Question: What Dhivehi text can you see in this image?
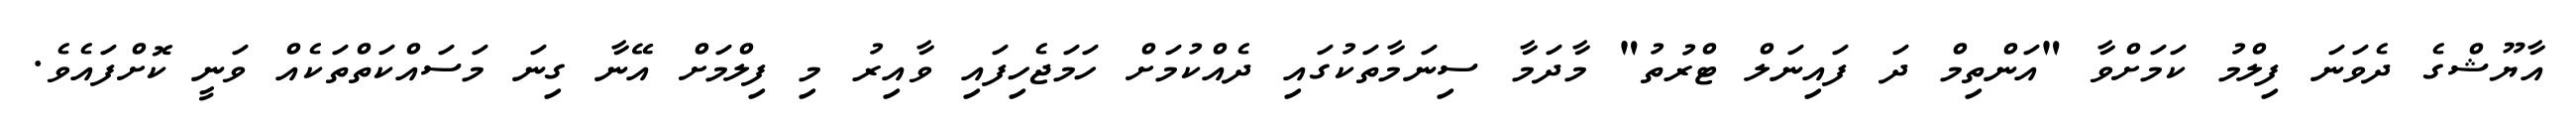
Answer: އާޔޫޝްގެ ދެވަނަ ފިލްމު ކަމަށްވާ "އަންތިމް ދަ ފައިނަލް ޓްރުތު" މާދަމާ ސިނަމާތަކުގައި ދެއްކުމަށް ހަމަޖެހިފައި ވާއިރު މި ފިލްމަށް އޭނާ ގިނަ މަސައްކަތްތަކެއް ވަނީ ކޮށްފައެވެ.